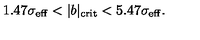
1 . 4 7 \sigma _ { \mathrm { e f f } } < \vert b \vert _ { \mathrm { c r i t } } < 5 . 4 7 \sigma _ { \mathrm { e f f } } .